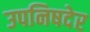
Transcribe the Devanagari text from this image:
उपनिषदेर